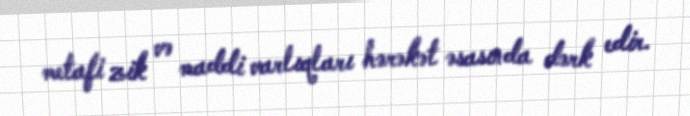
metafi zik və maddi varlıqları hərəkət əsasında dərk edir.